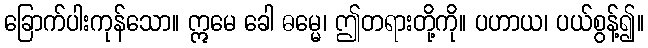
ခြောက်ပါးကုန်သော။ ဣမေ ခေါ ဓမ္မေ၊ ဤတရားတို့ကို။ ပဟာယ၊ ပယ်စွန့်၍။